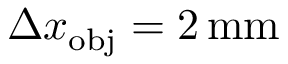
\Delta x _ { \mathrm { o b j } } = 2 \, \mathrm { m m }